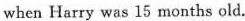
when Harry was 15 months old.